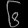
Digit: ၆